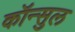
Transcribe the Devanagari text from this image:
कॉन्सुल